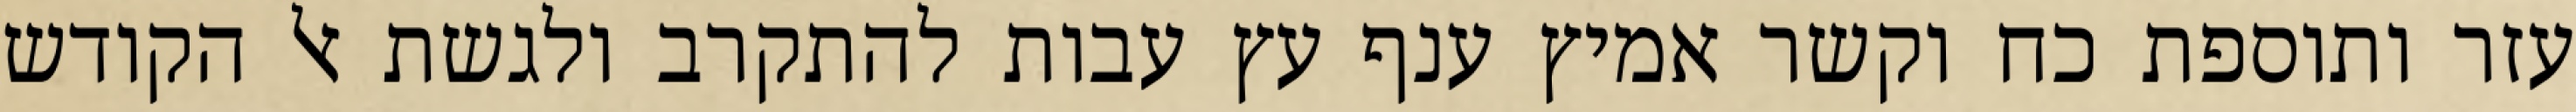
עזר ותוספת כח וקשר אמיץ ענף עץ עבות להתקרב ולגשת אל הקודש